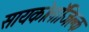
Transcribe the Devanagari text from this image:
सायकोलाॅजिक्ल